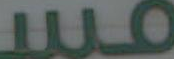
مس